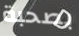
بصحبة